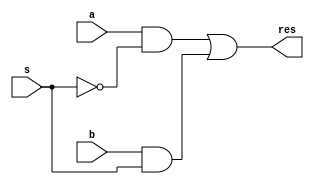
module mux2to1(
    output res,
    input a, b,
    input s
);
wire not_s;
wire and0, and1;

not(not_s, s);
and(and0, a, not_s);
and(and1, b, s);

or(res, and0, and1);
endmodule